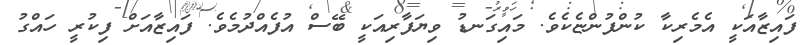
ފައިޒާއަކީ އެމެރިކާ ކުންފުންޏެކެވެ. މައިގަނޑު ވިޔަފާރިއަކީ ބޭސް އުފެއްދުމެވެ. ފައިޒާއަށް ފިކުރީ ހައްގު